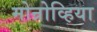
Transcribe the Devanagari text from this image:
मोन्रोव्हिया